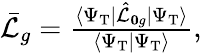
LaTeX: \begin{array}{r}{\bar{\mathcal{L}}_{g}=\frac{\langle\Psi_{\mathrm{T}}|\hat{\mathcal{L}}_{{\mathbf{0}g}}|\Psi_{\mathrm{T}}\rangle}{\langle\Psi_{\mathrm{T}}|\Psi_{\mathrm{T}}\rangle},}\end{array}